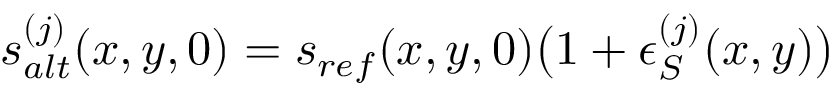
s _ { a l t } ^ { ( j ) } ( x , y , 0 ) = s _ { r e f } ( x , y , 0 ) \big ( 1 + \epsilon _ { S } ^ { ( j ) } ( x , y ) \big )